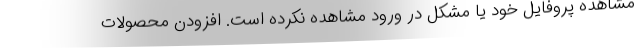
مشاهده پروفایل خود یا مشکل در ورود مشاهده نکرده است. افزودن محصولات